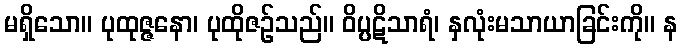
မရှိသော။ ပုထုဇ္ဇနော၊ ပုထိုဇဉ်သည်။ ဝိပ္ပဋိသာရံ၊ နှလုံးမသာယာခြင်းကို။ န